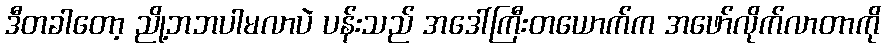
ဒီတခါတော့ ညို့ဘဘပါမလာပဲ ပန်းသည် အဒေါ်ကြီးတယောက်က အဖော်လိုက်လာတာကို